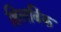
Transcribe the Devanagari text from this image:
हिलबिंक